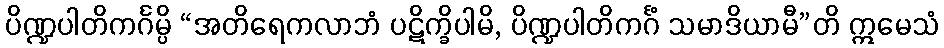
ပိဏ္ဍပါတိကင်္ဂမ္ပိ “အတိရေကလာဘံ ပဋိက္ခိပါမိ, ပိဏ္ဍပါတိကင်္ဂံ သမာဒိယာမီ”တိ ဣမေသံ